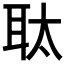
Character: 𮋮